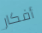
أفكار